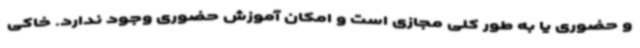
و حضوری یا به طور کلی مجازی است و امکان آموزش حضوری وجود ندارد. خاکی